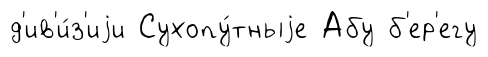
д'ив'и́з'иjи Сухопу́тныjе Абу б'ер'егу